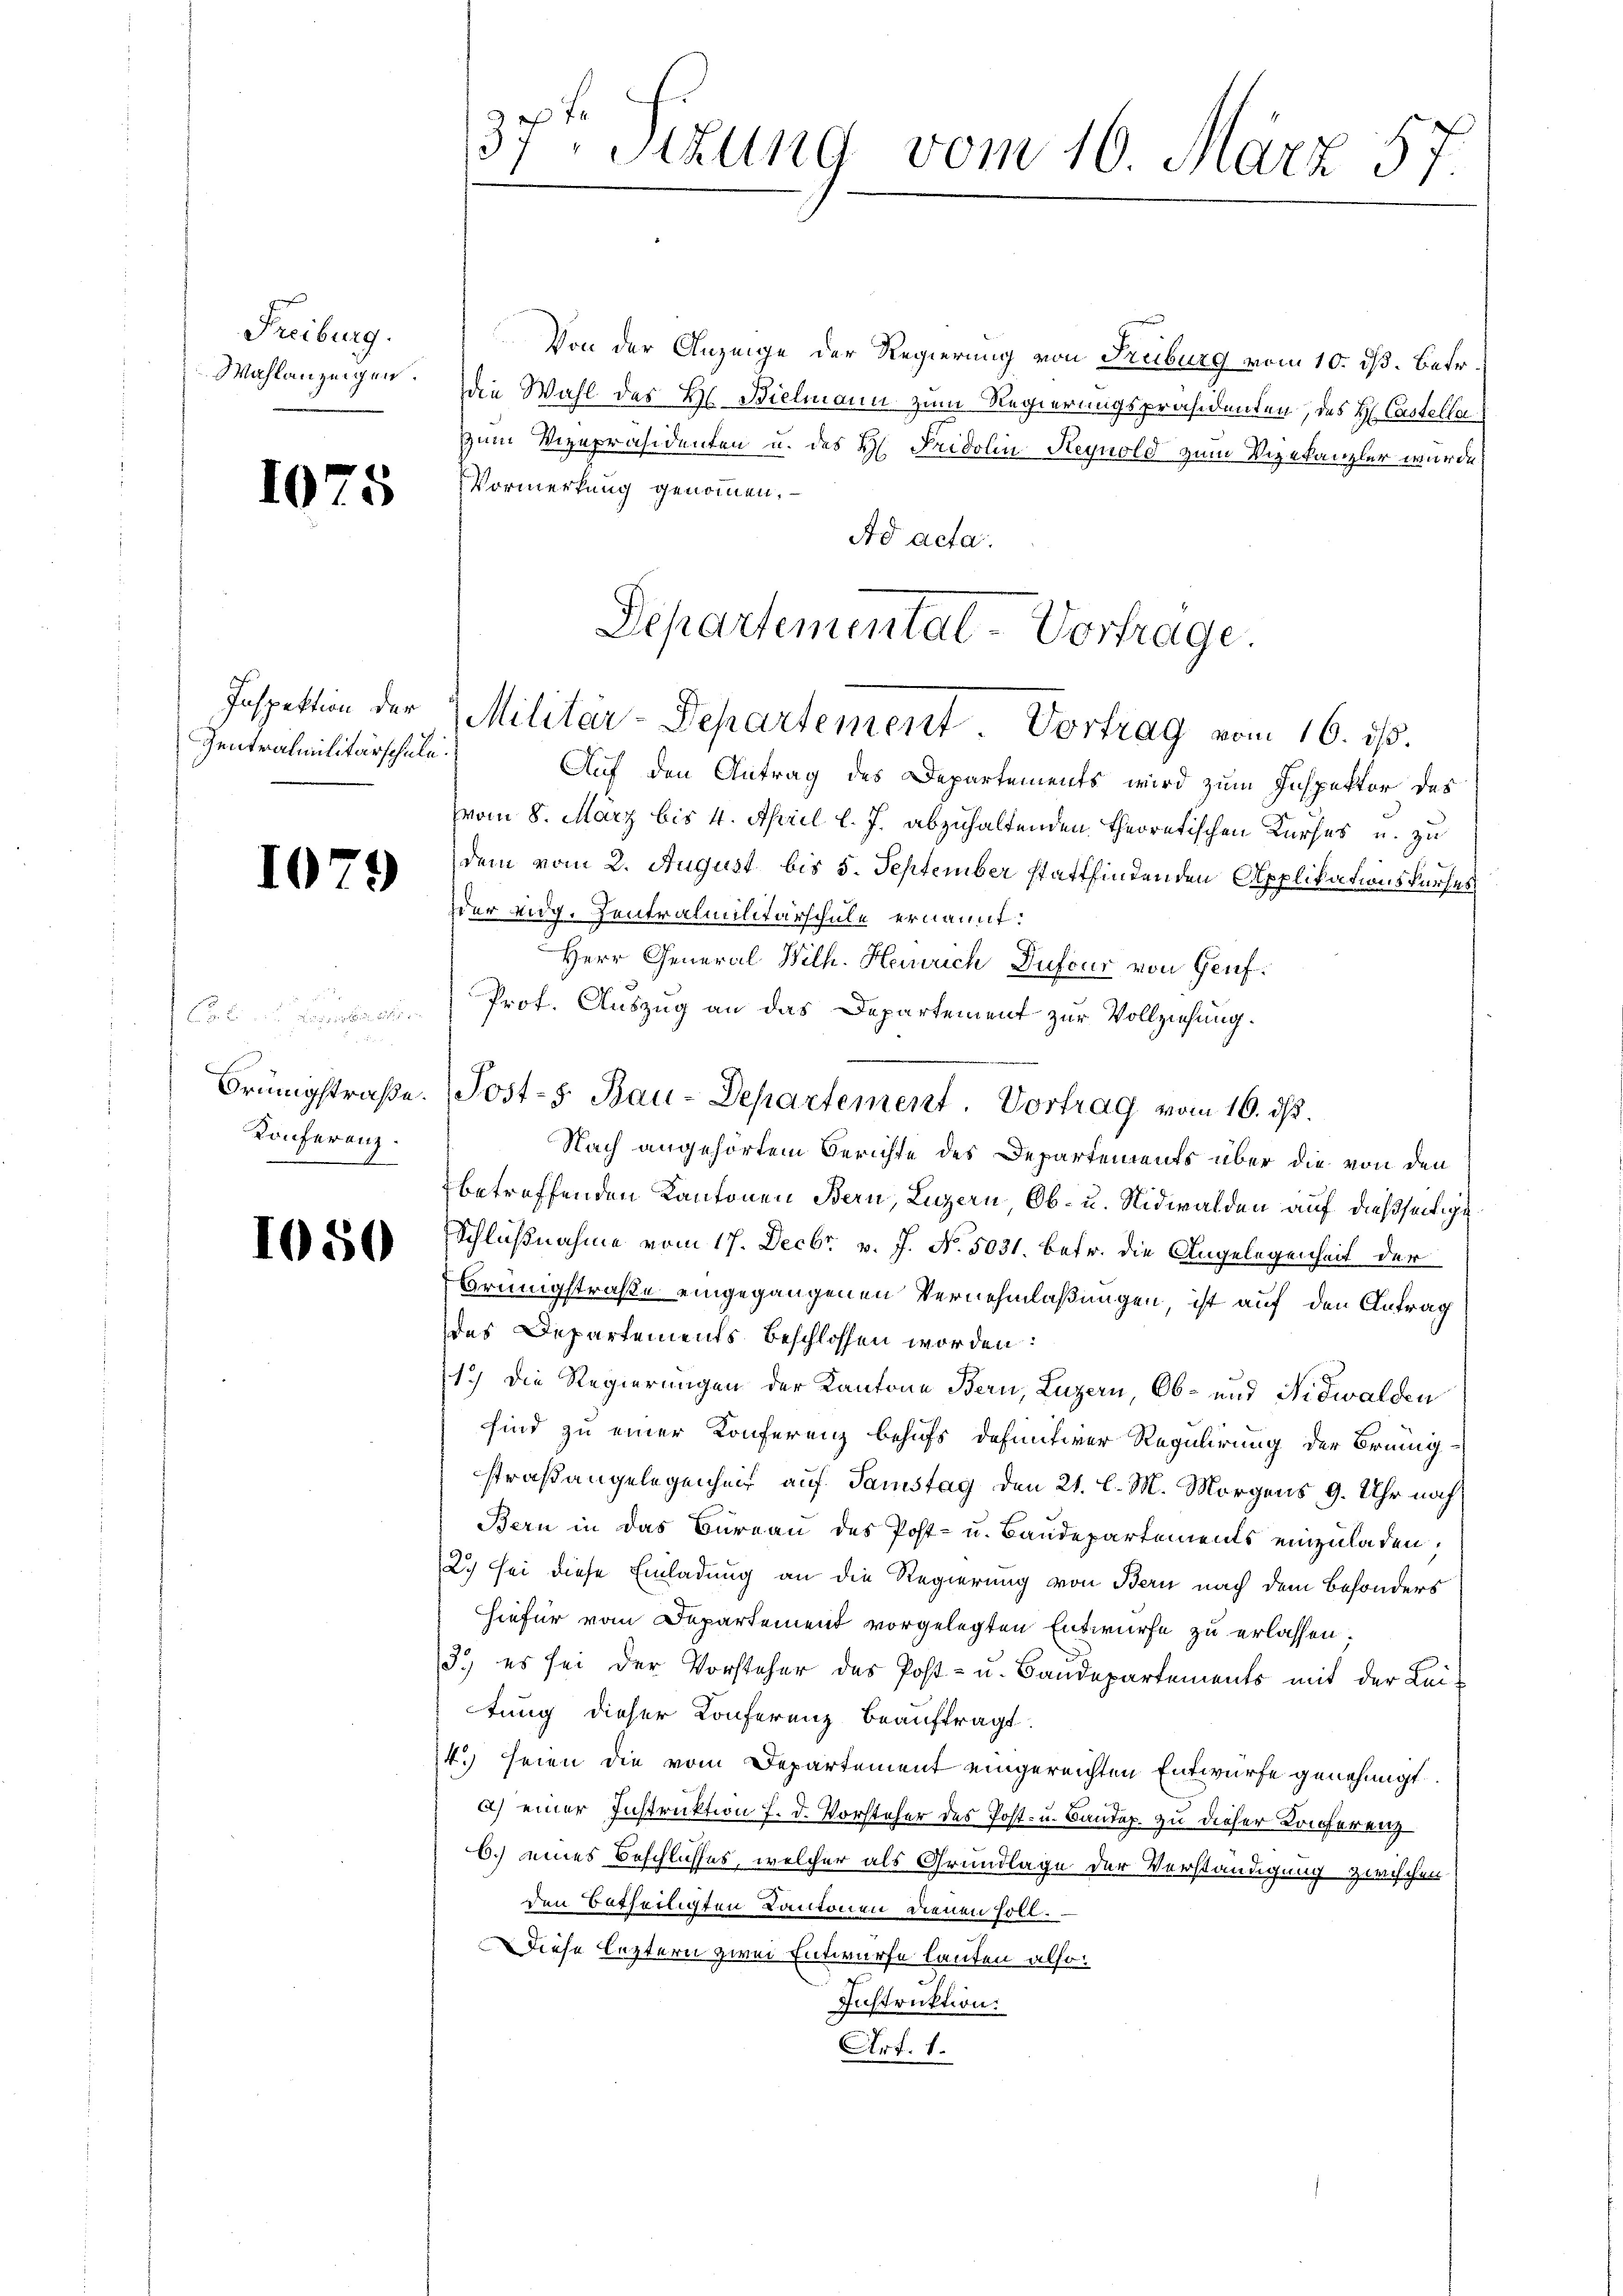
Freiburg.
Wahlanzeigen.

1075

Inspektion der
Zentralmilitärschule

1079

|

Brüngstraße.
Konferenz.

1050

37. Sitzung vom 10. März 57

Von der Anzeige der Regierung von Freiburg vom 10. ds. Betr.
die Wahl des Hl. Bielmann zum Regierungspräsidenten, des H: Castellazum Vizepräsidenten u. des H. Pridolin Heynold zum Vizekanzler wurde,
Vormerkung genommen.
Ad acta
Auf den Antrag des Departements wird zum Inspektor des
vom 8. März bis 4. April l. J. abzuhaltenden theoretischen Kurses u. zu
dem vom 2. August bis 5. September stattfindenden Applikationskurses
Eier eidg. Zentralmilitärschule ernannt:
Herr General Wilh. Henrich Dufour von Genf.
Prof. Auszug an das Departement zur Vollziehung.
Nach angehörtem Berichte des Departements über die von den
betreffenden Kantonen Bern, Luzern Ob- u. Nidwalden auf dießseitige
Schlußnahme vom 17. Decbr. v. J. N. 5031. betr. die Angelegenheit der
Brüngstraße eingegangenen Vernehmlaßungen ist auf den Antrag
des Departements beschlossen worden:
1.) Die Regierungen der Kantone Bern, Luzern, Ob- und Nidwalden
sind zu einer Konferenz behufs definitiver Regulirung der Brüngstraßangelegenheit auf Samstag den 21. l. M. Morgens 9. Uhr noch
Bern in das Bureau des Post- u. Baudepartements einzuladen.
2.) sei diese Einladung an die Regierung von Bern nach dem Besonders
hiefür vom Departement vorgelegten Entwurfe zu erlassen.
3.) es sei der Vorsteher des Post- u. Bandepartements mit der Bei-
tung dieser Konferenz beauftragt.
4.) seien die vom Departement eingereichten Entwurfe genehmigt.
a) einer Instruktion f. d. Vorsteher des Post- u. Baudep. zu dieser Konferenz
6.) eines Beschlusses, welcher als Grundlage der Verständigung zwischen
den Betheiligten Kantonen dienen soll.
Diese leztern zwei Entwurfe lauten also:
Instruktion:
Art. 1.

Departemental-Vortrage
Militär-Departement Vortrag vom 16. ds.

Post-s Bau-Departement. Vortrag vom 16. ds.